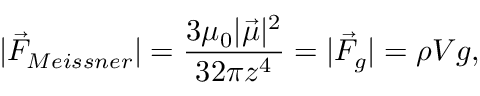
| \vec { F } _ { M e i s s n e r } | = \frac { 3 \mu _ { 0 } | \vec { \mu } | ^ { 2 } } { 3 2 \pi z ^ { 4 } } = | \vec { F } _ { g } | = \rho V g ,